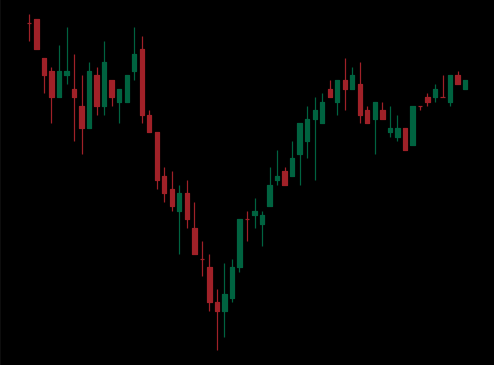
Pattern: inverse_head_shoulders